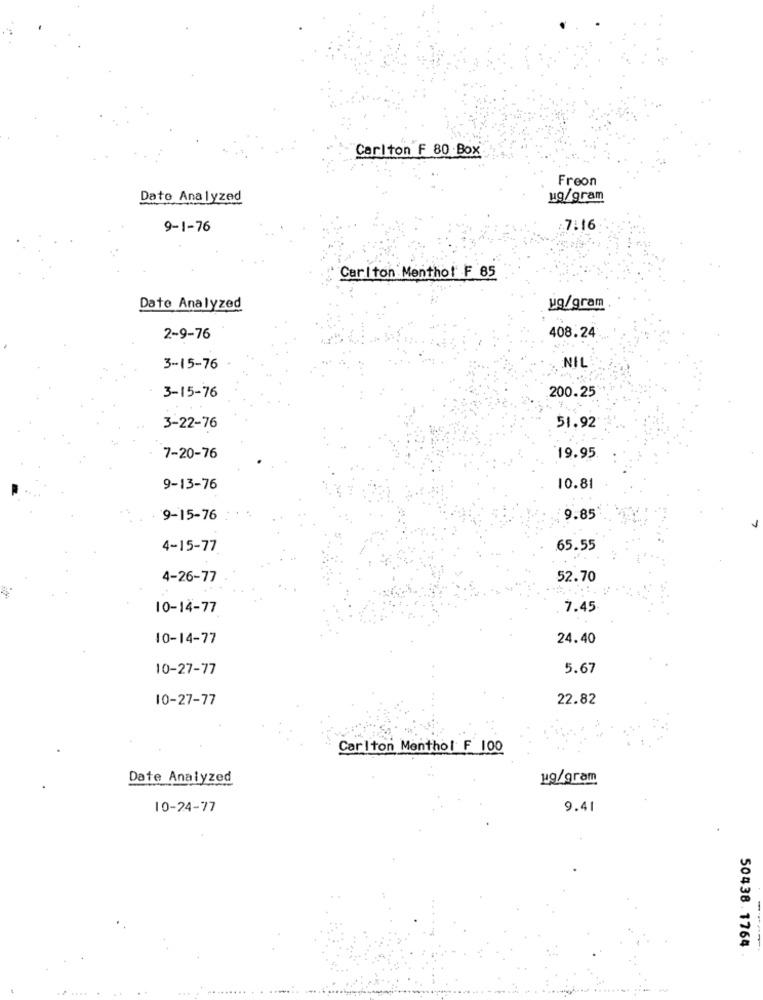
Carlton F 80 Box
Freon
Date Analyzed
ug/gram
9-1-76
:7:16
Carlton Menthol F 85
ug/gram
Date Analyzed
2-9-76
408.24
3-15-76
NIL
3-15-76
200.25
3-22-76
51.92
7-20-76
19.95
9-13-76
10.81
9-15-76
9.85
4-15-77
65.55
4-26-77
52.70
10-14-77
7.45
10-14-77
24.40
10-27-77
5.67
10-27-77
22.82
Carlton Menthol F 100
Date Analyzed
ug/gram
10-24-77
9.41
50438.1764